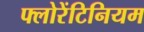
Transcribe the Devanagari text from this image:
फ्लोरेंटिनियम